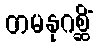
တမနုဂစ္ဆိံ